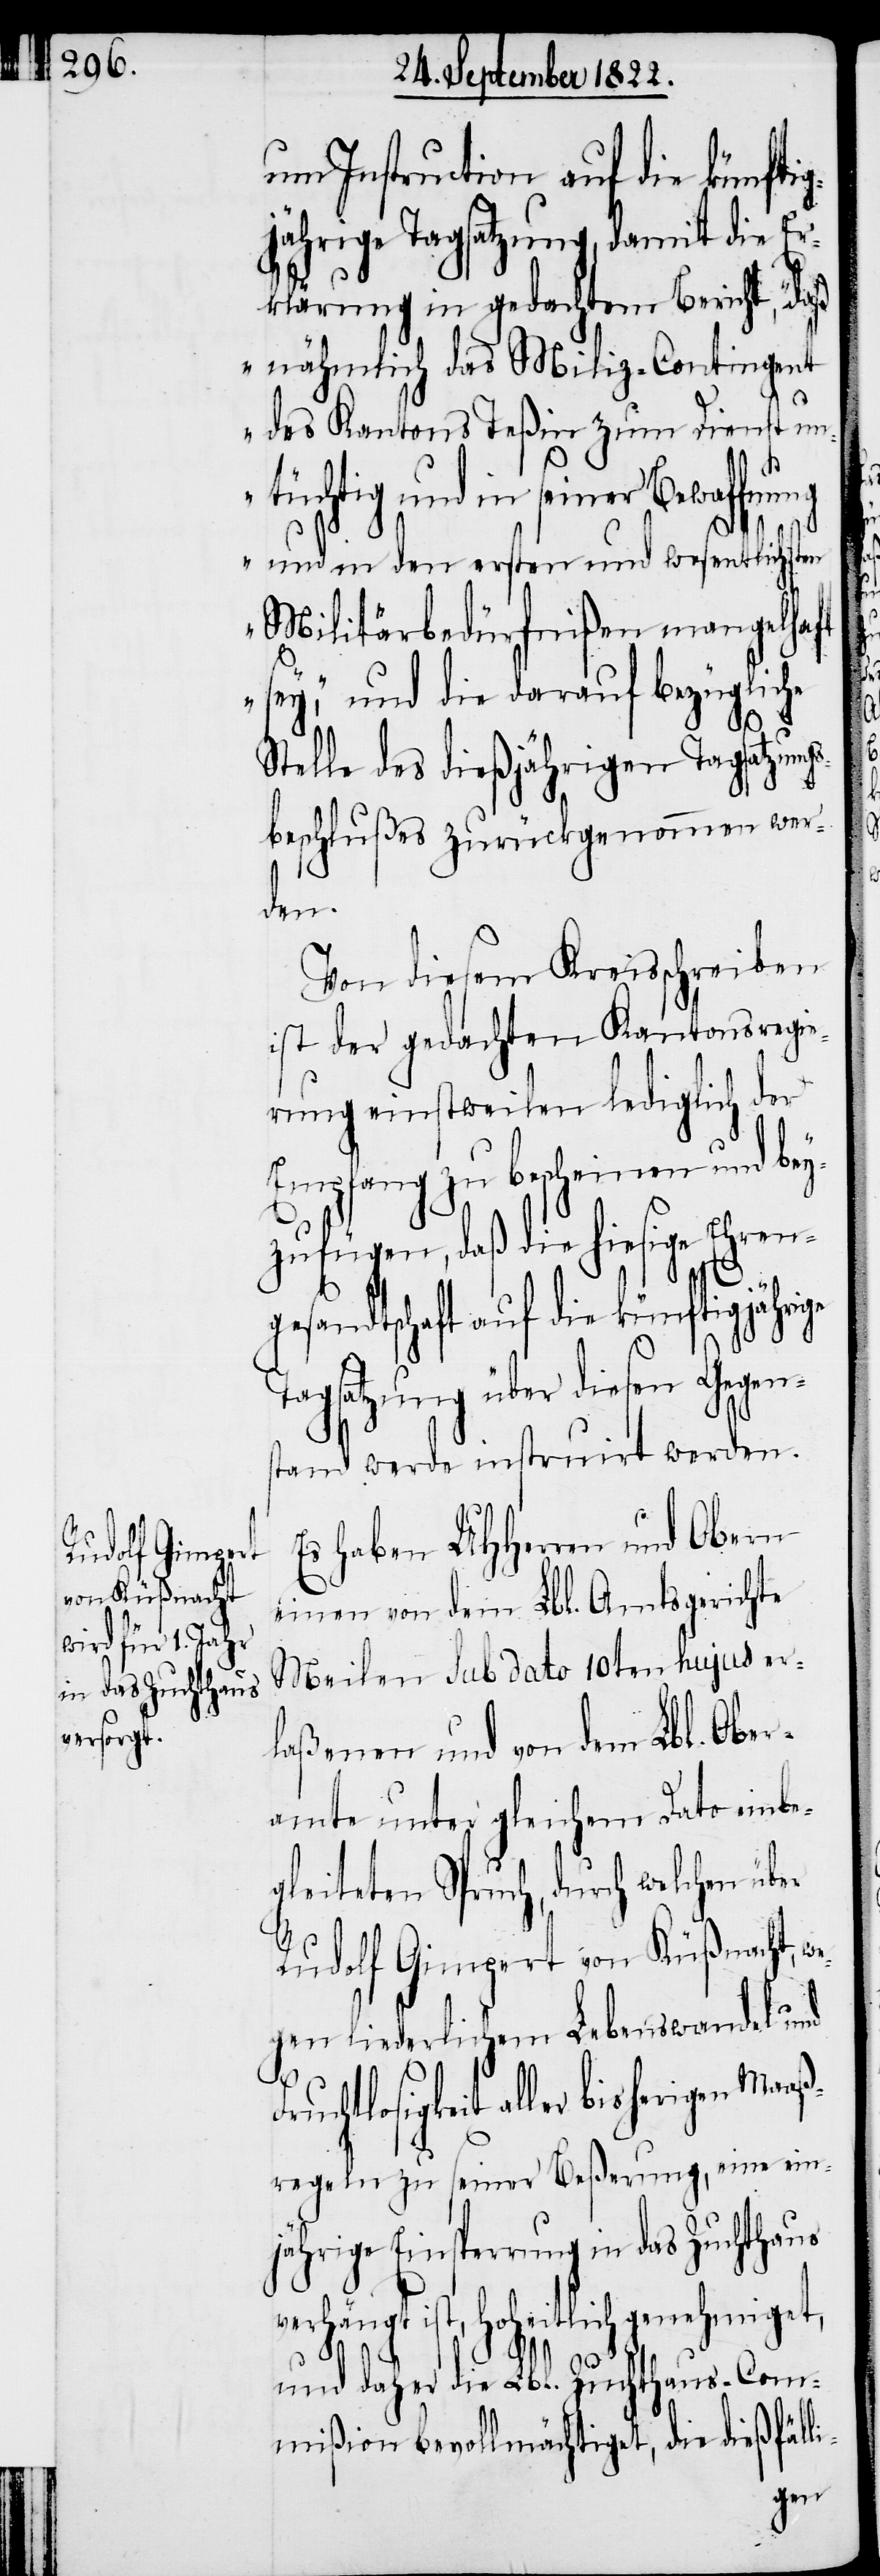
um Instruction auf die künfti¬
gjährige Tagsatzung, damit die Er¬
klärung in gedachtem Bericht, „daß
nähmlich das Miliz-Contingent
des Kantons Teßin zum Dienst un¬
tüchtig und in seiner Bewaffnung
und in den ersten und wesentlichsten
Militärbedürfnißen mangelhaft
sey“, und die darauf bezügliche
i-
Stelle des dießjährigen Tagsatzun¬
beschlußes zurückgenommen wer¬
den.
Von diesem Kreisschreiben
ist der gedachten Kantonsregie¬
rung einstweilen lediglich der
Empfang zu bescheinen und bey¬
zufügen, daß die hiesige Ehren¬
gs¬
gesandtschaft auf die künftigjährige
Tagsatzung über diesen Gegen¬
stand werde instruirt werden.
Es haben UHHerrn und Obern
einen von dem Lbl. Amtsgerichte
Meilen Sub dato 10ten hujus er¬
laßenen und von dem Lbl. Ober¬
amte unter gleichem Dato einbe¬
gleiteten Spruch, durch welchen über
Rudolf Gimpert von Küßnacht, w¬
egen liederlichen Lebenswandel und
ruchtlosigkeit aller bisherigen Maaß¬
regeln zu seiner Beßerung, eine ein¬
jährige Einsperrung in das Zuchthaus
erhängt ist, hoheitlich genehmiget,
und daher die Lbl. Zuchthaus-Com¬
mißion bevollmächtiget, die dießfäll¬